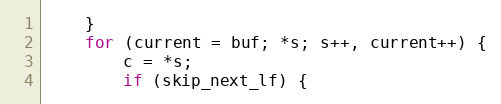
Language: C
    }
    for (current = buf; *s; s++, current++) {
        c = *s;
        if (skip_next_lf) {